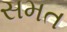
સમત